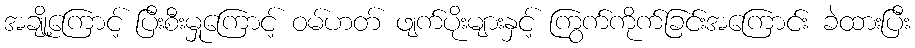
အချို့ကြောင့် ပြီးစီးမှုကြောင့် ဝမ်ဟတ် ဖျက်ပိုးများနှင့် ကြွက်ကိုက်ခြင်းအကြောင်း ခဲထားပြီး